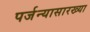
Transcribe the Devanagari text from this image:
पर्जन्यासारख्या